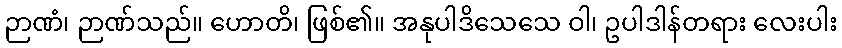
ဉာဏံ၊ ဉာဏ်သည်။ ဟောတိ၊ ဖြစ်၏။ အနုပါဒိသေသေ ဝါ၊ ဥပါဒါန်တရား လေးပါး